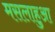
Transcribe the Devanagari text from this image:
मसलाहुआ